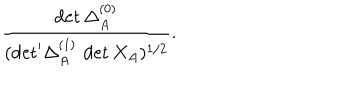
\frac { \det \Delta _ { A } ^ { ( 0 ) } } { ( { \det } ^ { \prime } \Delta _ { A } ^ { ( 1 ) } \, \det X _ { A } ) ^ { 1 / 2 } } .